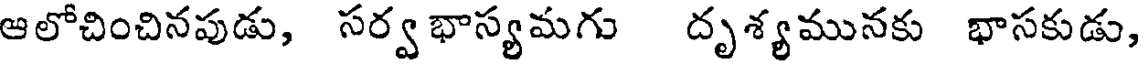
ఆలోచించినపుడు, సర్వ భాస్యమగు దృశ్యమునకు భాసకుడు,